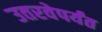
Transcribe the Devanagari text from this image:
उतरवेपर्यंत